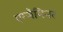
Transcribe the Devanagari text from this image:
एग्जैमिनर